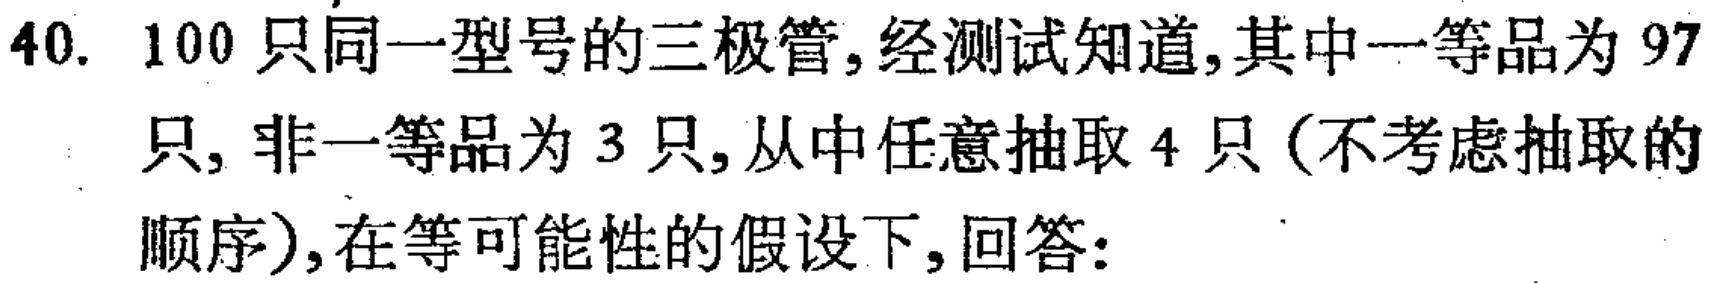
40. 100只同一型号的三极管,经测试知道,其中一等品为97只, 非一等品为3只,从中任意抽取4只(不考虑抽取的顺序),在等可能性的假设下,回答: